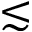
\lesssim